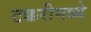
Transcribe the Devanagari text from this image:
टक्करीमध्ये